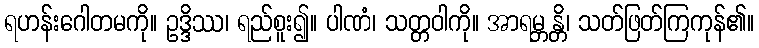
ရဟန်းဂေါတမကို။ ဥဒ္ဒိဿ၊ ရည်စူး၍။ ပါဏံ၊ သတ္တဝါကို။ အာရမ္ဘန္တိ၊ သတ်ဖြတ်ကြကုန်၏။